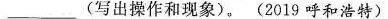
________________(写出操作和现象)。(2019呼和浩特)